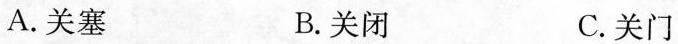
A.关塞 B.关闭 C.关门